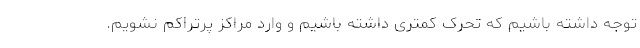
توجه داشته باشیم که تحرک کمتری داشته باشیم و وارد مراکز پرتراکم نشویم.